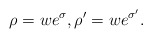
\begin{align*}\rho = we^{\sigma},\rho' = we^{\sigma'}.\end{align*}